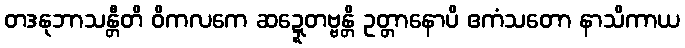
တဒနုဘာသန္တီတိ ဝိကလကေ ဆဍ္ဍေတဗ္ဗန္တိ ဥတ္တာနောပိ ဧကံသတော နာသိကာယ